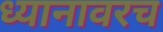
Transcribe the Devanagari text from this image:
ध्यानावरच